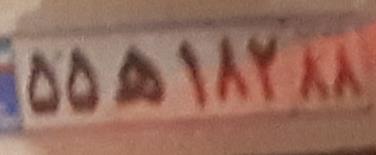
۵۵ه۱۸۲۸۸